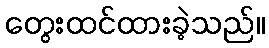
တွေးထင်ထားခဲ့သည်။